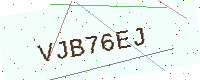
Text: VJB76EJ